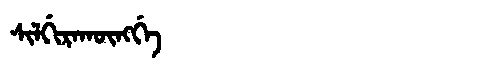
Manchu: ᠰᡳᠯᡤᡳᡵᠠᡴᡡᠩᡤᡝ
Romanization: SILGIRAKŪNGGE